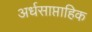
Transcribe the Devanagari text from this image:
अर्धसाप्ताहिक